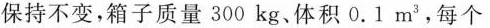
保持不变，箱子质量300kg、体积0.1m^{3}，每个